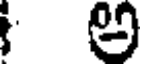
అ